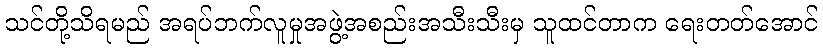
သင်တို့သိရမည် အရပ်ဘက်လူမှုအဖွဲ့အစည်းအသီးသီးမှ သူထင်တာက ရေးတတ်အောင်